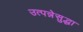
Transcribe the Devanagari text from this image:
उत्पन्नेसुद्धा